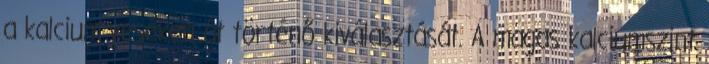
a kalcium veséken át történő kiválasztását. A magas kalciumszint